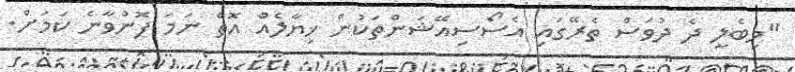
"މިބެލީ ދެ ދުވަސް ތެރޭގައި އެސޯސިއޭޝަންތަކުން ޚިޔާލެއް އޮތް ނަމަ ފޮނުވާނެ ކަމަށް.